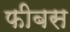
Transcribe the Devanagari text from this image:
फीबस